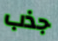
جذب